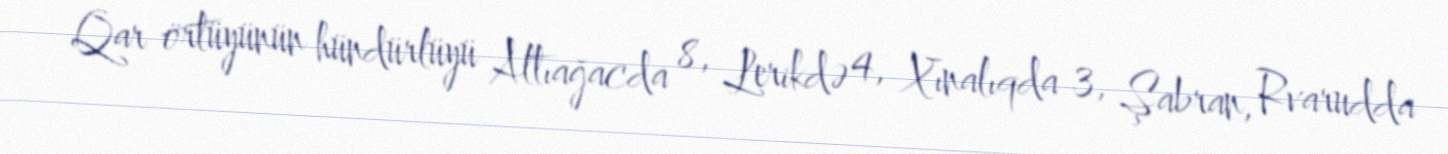
Qar örtüyünün hündürlüyü Altıağacda 8, Lerikdə 4, Xınalıqda 3, Şabran, Rvarudda